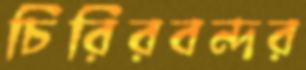
চিরিরবন্দর